Assam Mental Hospital (Tezpur, India) - 1933-1948
Year: 1933
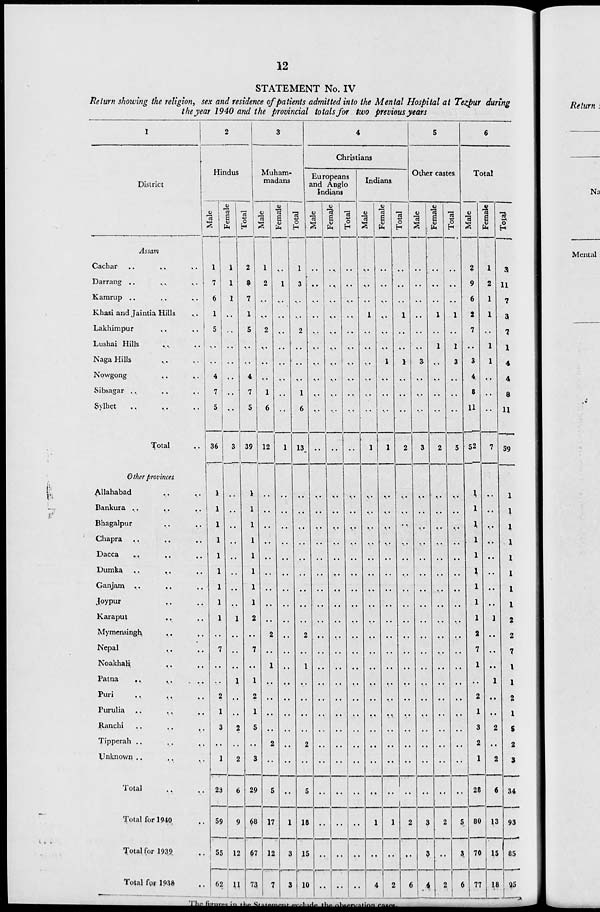
12
STATEMENT No. IV
Return showing the religion, sex and residence of patients admitted into the Mental Hospital at Tezpur during
the year 1940 and the provincial totals for two previous years
1
District
Assam
Cachar .. .. ..
Darrang .. .. ..
Kamrup .. .. ..
Khasi and Jaintia Hills ..
Lakhimpur .. ..
Lushai Hills .. ..
Naga Hills .. ..
Nowgong .. ..
Sibsagar .. .. ..
Sylhet .. .. ..
Total ..
Other provinces
Allahabad .. ..
Bankura .. .. .. ..
Bhagalpur .. ..
Chapra .. .. ..
Dacca .. .. ..
Dumka ..
..
..
Ganjam
..
..
..
Joypur .. .. ..
Karaput .. .. ..
Mymensingh .. ..
Nepal .. ..
Noakhali .. ..
Patna .. .. ..
Puri .. .. ..
Purulia .. .. ..
Ranchi .. .. ..
Tipperah .. .. ..
Unknown .. .. ..
Total .. ..
Total for 1940 ..
Total for 1939 ..
Total for 1938 ..
2
Hindus
Male
1
7
6
1
5
..
..
4
7
5
36
1
1
1
1
1
1
1
1
1
..
7
..
..
2
1
3
..
1
23
59
55
62
Female
1
1
1
..
..
..
..
..
..
..
3
..
..
..
..
..
..
..
..
1
..
..
..
1
..
..
2
..
2
6
9
12
11
Total
2
8
7
1
5
..
..
4
7
5
39
1
1
1
1
1
1
1
1
2
..
7
..
1
2
1
5
..
3
29
68
67
73
3
Muham-
madans
Male
1
2
..
..
2
..
..
..
1
6
12
..
..
..
..
..
..
..
..
..
2
..
1
..
..
..
..
2
..
5
17
12
7
Female
..
1
..
..
..
..
..
..
..
..
1
..
..
..
..
..
..
..
..
..
..
..
..
..
..
..
..
..
..
..
1
3
3
Total
1
3
..
..
2
..
..
..
1
6
13
..
..
..
..
..
..
..
..
..
2
..
1
..
..
..
..
2
..
5
18
15
10
4
Christians
Europeans
and Anglo
Indians
Male
..
..
..
..
..
..
..
..
..
..
..
..
..
..
..
..
...
..
..
..
..
..
..
..
..
..
..
..
..
..
..
..
..
Female
..
..
..
..
..
..
..
..
..
..
..
..
..
..
..
..
..
..
..
..
..
..
..
..
..
..
..
..
..
..
..
..
..
Total
..
..
..
..
..
..
..
..
..
..
..
..
..
..
..
..
..
..
..
..
..
..
..
..
..
..
..
..
..
..
..
..
..
Indians
Male
..
..
..
1
..
..
..
..
..
..
1
..
..
..
..
..
..
..
..
..
..
..
..
..
..
..
..
..
..
..
1
..
4
Female
..
..
..
..
..
..
1
..
..
..
1
..
..
..
..
..
..
..
..
..
..
..
..
..
..
..
..
..
..
..
1
..
2
Total
..
..
..
1
..
..
1
..
..
..
2
..
..
..
..
..
..
..
..
..
..
..
..
..
..
..
..
..
..
..
2
..
6
5
Other castes
Male
..
..
..
..
..
..
3
..
..
..
3
..
..
..
..
..
..
..
..
..
..
..
..
..
..
..
..
..
..
..
3
3
4
Female
..
..
..
1
..
1
..
..
..
..
2
..
..
..
..
..
..
..
..
..
..
..
..
..
..
..
..
..
..
..
2
..
2
Total
..
..
..
1
..
1
3
..
..
..
5
..
..
..
..
..
..
..
..
..
..
..
..
..
..
..
..
..
..
..
5
3
6
6
Total
Male
2
9
6
2
7
..
3
4
8
11
52
1
1
1
1
1
1
1
1
1
2
7
1
..
2
1
3
2
1
28
80
70
77
Female
1
2
1
1
..
1
1
..
..
..
7
..
..
..
..
..
..
..
..
1
..
..
..
1
..
..
2
..
2
6
13
15
18
Total
3
11
7
3
7
1
4
4
8
11
59
1
1
1
1
1
1
1
1
2
2
7
1
1
2
1
5
2
3
34
93
85
95
The figures in
the
Statement
include
the
observation
cases.